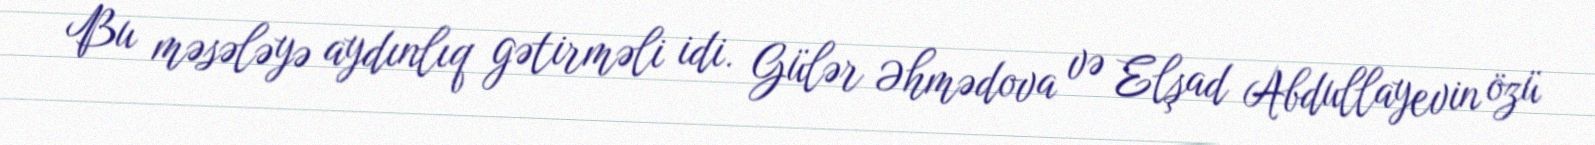
Bu məsələyə aydınlıq gətirməli idi. Gülər Əhmədova və Elşad Abdullayevin özü